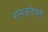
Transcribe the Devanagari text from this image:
समकोणों